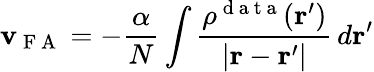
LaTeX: \mathbf{v}_{\mathrm{{~F~A~}}}=-\frac{{\alpha}}{{N}}\int\frac{{\rho^{\mathrm{{~d~a~t~a~}}}(\boldsymbol{\textbf{{r}}}^{\prime})}}{{|\boldsymbol{\textbf{{r}}}-\boldsymbol{\textbf{{r}}}^{\prime}|}}\, d\boldsymbol{\textbf{{r}}}^{\prime}